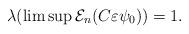
LaTeX: \begin{align*} \lambda(\limsup{\mathcal E}_n(C\varepsilon\psi_0))=1.\end{align*}